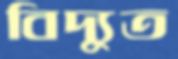
বিদ্যুত